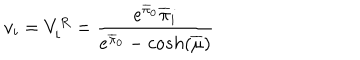
LaTeX: v _ { i } = V _ { i } ^ { R } = \frac { { e ^ { \overline { { { \pi } } } _ { 0 } } \overline { { { \pi } } } _ { i } } } { e ^ { \overline { { { \pi } } } _ { 0 } } - c o s h ( \overline { { { \mu } } } ) }